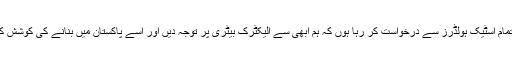
میں تمام اسٹیک ہولڈرز سے درخواست کر رہا ہوں کہ ہم ابھی سے الیکٹرک بیٹری پر توجہ دیں اور اسے پاکستان میں بنانے کی کوشش کریں۔